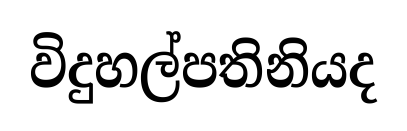
විදුහල්පතිනියද